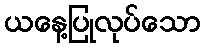
ယနေ့ပြုလုပ်သော